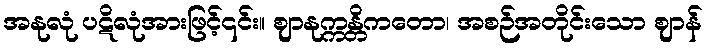
အနုလုံ ပဋိလုံအားဖြင့်၎င်း။ ဈာနုက္ကန္တိကတော၊ အစဉ်အတိုင်းသော ဈာန်